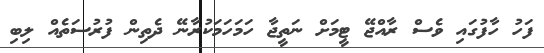
ފަހު ހާފުގައި ވެސް ރާއްޖޭ ޓީމަށް ނަތީޖާ ހަމަހަމަކުރާނޭ ދެތިން ފުރުސަތެއް ލިބި